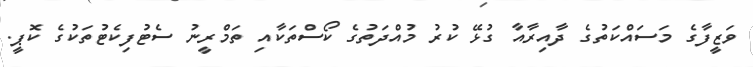
ވަޒީފާގެ މަސައްކަތުގެ ދާއިރާއާ ގުޅޭ ކުރު މުއްދަތުގެ ކޯސްތަކާއި ތަމްރީނު ސެޓުފިކެޓުތަކުގެ ކޮޕީ.